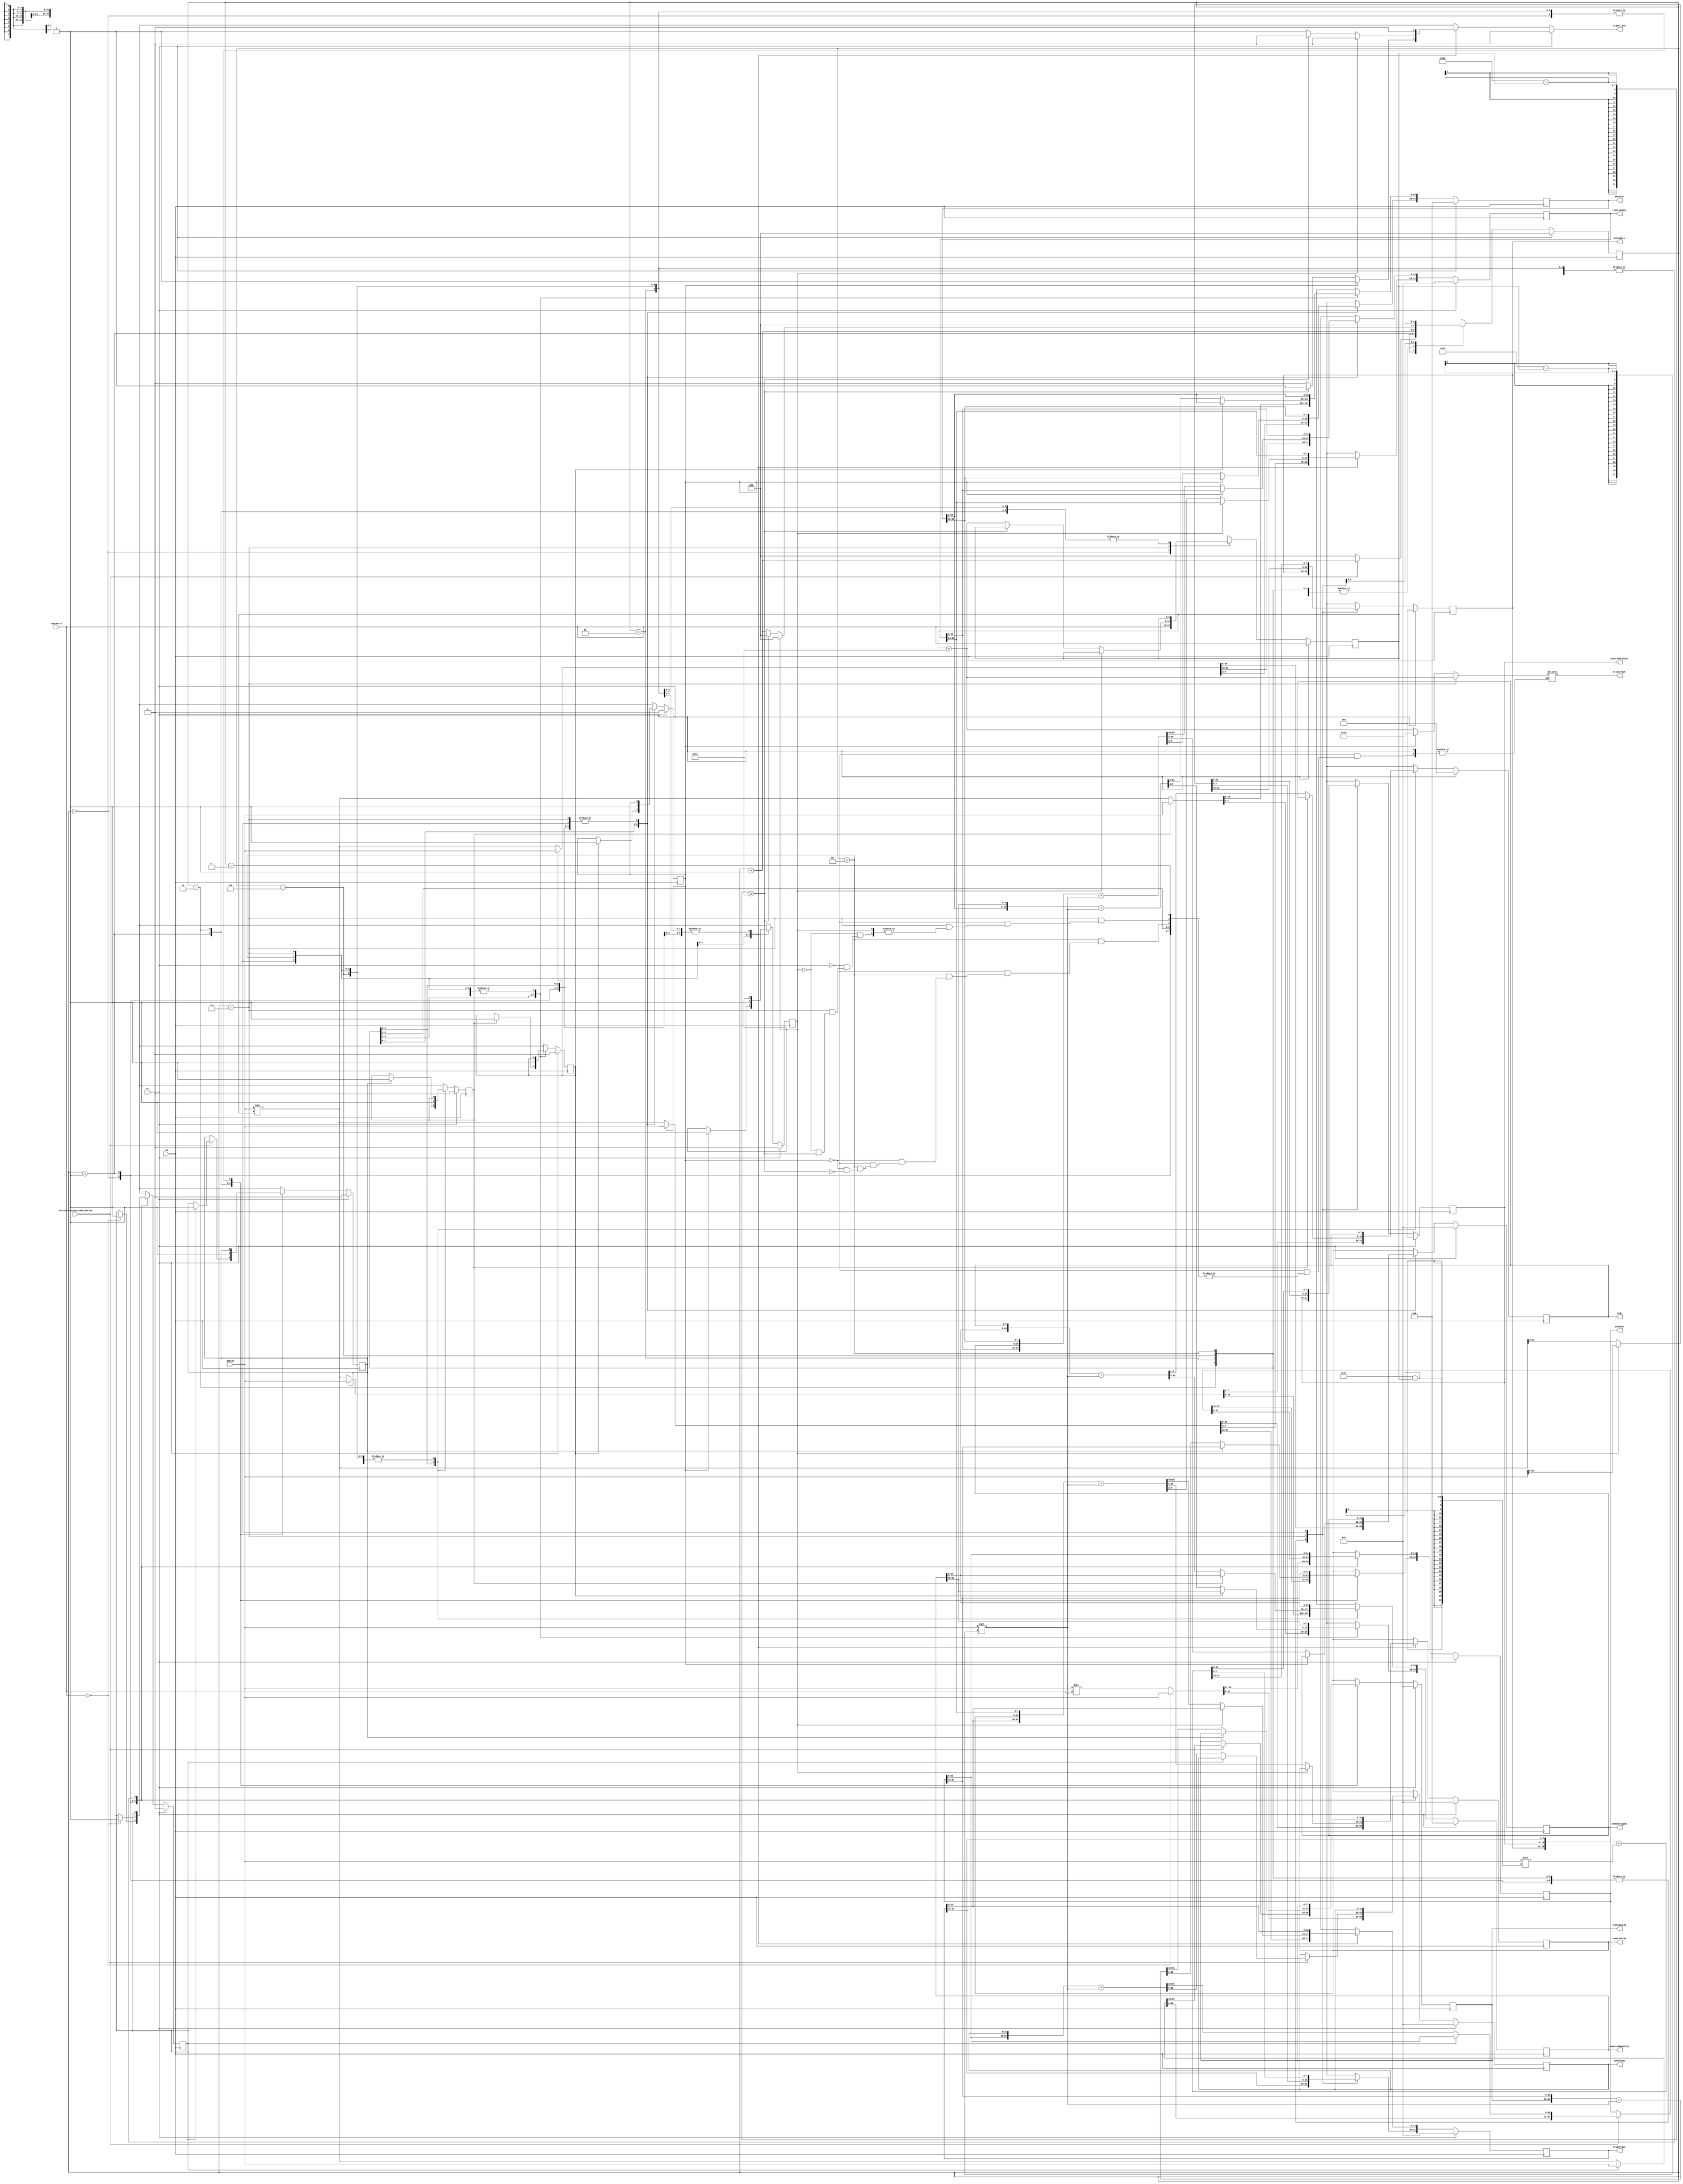
module orderExecutedWithPriceParser ( // always signal to end one clock cycle before actual END. also assign trackerOut one cycle before actual END.
    input clk, rst,
    input [63:0] dataIn,
    input startOrderExecutedWithPrice,
    input [5:0] trackerIn,
    output reg signal_end,
    output reg [5:0] trackerOut,
    output reg [31:0] timeStamp,
    output reg [63:0] orderID,
    output reg [31:0] orderBookID,
    output reg [7:0] side,
    output reg [63:0] executedQuantity,
    output reg [63:0] matchID,
    output reg [31:0] comboGroupID,
    output reg [31:0] reservedOne,
    output reg [31:0] reservedTwo,
    output reg [31:0] tradePrice,
    output reg [7:0] occuredAtCross,
    output reg [7:0] printable
);
// transition registers
reg [2:0] counter, counterNext;
reg [5:0] tracker, trackerNext;
// field registers
reg [31:0] timeStampNext;
reg [63:0] orderIDNext;
reg [31:0] orderBookIDNext;
reg [7:0] sideNext;
reg [63:0] executedQuantityNext;
reg [63:0] matchIDNext;
reg [31:0] comboGroupIDNext;
reg [31:0] reservedOneNext;
reg [31:0] reservedTwoNext;
reg [31:0] tradePriceNext;
reg [7:0] occuredAtCrossNext;
reg [7:0] printableNext;
// valid registers
reg timeStampValid, timeStampValidNext;
reg orderIDValid, orderIDValidNext;
reg orderBookIDValid, orderBookIDValidNext;
reg sideValid, sideValidNext;
reg executedQuantityValid, executedQuantityValidNext;
reg matchIDValid, matchIDValidNext;
reg comboGroupIDValid, comboGroupIDValidNext;
reg reservedOneValid, reservedOneValidNext;
reg reservedTwoValid, reservedTwoValidNext;
reg tradePriceValid, tradePriceValidNext;
reg occuredAtCrossValid, occuredAtCrossValidNext;
reg printableValid, printableValidNext;

always @(posedge clk) begin
    // transition registers
    tracker <= trackerNext;
    counter <= counterNext;
    // field registers
    timeStamp <= timeStampNext;
    orderID <= orderIDNext;
    orderBookID <= orderBookIDNext;
    side <= sideNext;
    executedQuantity <= executedQuantityNext;
    matchID <= matchIDNext;
    comboGroupID <= comboGroupIDNext;
    reservedOne <= reservedOneNext;
    reservedTwo <= reservedTwoNext;
    tradePrice <= tradePriceNext;
    occuredAtCross <= occuredAtCrossNext;
    printable <= printableNext;
    // valid registers
    timeStampValid <= timeStampValidNext;
    orderIDValid <= orderIDValidNext;
    orderBookIDValid <= orderBookIDValidNext;
    sideValid <= sideValidNext;
    executedQuantityValid <= executedQuantityValidNext;
    matchIDValid <= matchIDValidNext;
    comboGroupIDValid <= comboGroupIDValidNext;
    reservedOneValid <= reservedOneValidNext;
    reservedTwoValid <= reservedTwoValidNext;
    tradePriceValid <= tradePriceValidNext;
    occuredAtCrossValid <= occuredAtCrossValidNext;
    printableValid <= printableValidNext;
end

always @* begin
    // transition registers
    trackerNext = tracker;
    counterNext = counter;
    signal_end = 0;
    // field registers
    timeStampNext = timeStamp;
    orderIDNext = orderID;
    orderBookIDNext = orderBookID;
    sideNext = side;
    executedQuantityNext = executedQuantity;
    matchIDNext = matchID;
    comboGroupIDNext = comboGroupID;
    reservedOneNext = reservedOne;
    reservedTwoNext = reservedTwo;
    tradePriceNext = tradePrice;
    occuredAtCrossNext = occuredAtCross;
    printableNext = printable;
    // valid registers
    timeStampValidNext = timeStampValid;
    orderIDValidNext = orderIDValid;
    orderBookIDValidNext = orderBookIDValid;
    sideValidNext = sideValid;
    executedQuantityValidNext = executedQuantityValid;
    matchIDValidNext = matchIDValid;
    comboGroupIDValidNext = comboGroupIDValid;
    reservedOneValidNext = reservedOneValid;
    reservedTwoValidNext = reservedTwoValid;
    tradePriceValidNext = tradePriceValid;
    occuredAtCrossValidNext = occuredAtCrossValid;
    printableValidNext = printableValid;

    if (rst) begin
        // transition registers
        counterNext = 0;
        trackerNext = trackerIn;
        signal_end = 0;
        // field registers
        timeStampNext = 32'h0;
        orderIDNext = 64'h0;
        orderBookIDNext = 32'h0;
        sideNext = 8'h0;
        executedQuantityNext = 64'h0;
        matchIDNext = 64'h0;
        comboGroupIDNext = 32'h0;
        reservedOneNext = 32'h0;
        reservedTwoNext = 32'h0;
        tradePriceNext = 32'h0;
        occuredAtCrossNext = 8'h0;
        printableNext = 8'h0;
        // valid registers
        timeStampValidNext = 0;
        orderIDValidNext = 0;
        orderBookIDValidNext = 0;
        sideValidNext = 0;
        executedQuantityValidNext = 0;
        matchIDValidNext = 0;
        comboGroupIDValidNext = 0;
        reservedOneValidNext = 0;
        reservedTwoValidNext = 0;
        tradePriceValidNext = 0;
        occuredAtCrossValidNext = 0;
        printableValidNext = 0;
    end else begin
        case (counter)
            0:begin
                if (trackerIn == 0) begin
                    {orderIDNext[31:0], timeStampNext} = dataIn;
                    timeStampValidNext = 1;
                    trackerNext = trackerIn;
                end
                else begin
                    {orderIDNext[31:0], timeStampNext} = dataIn >> trackerIn;
                    trackerNext = trackerIn;
                end
                counterNext = counter + 1;
            end
            1: begin
                if(startOrderExecutedWithPrice) begin
                    if (timeStampValid) begin
                        {orderBookIDNext, orderIDNext[63:32]} = dataIn;
                        orderIDValidNext = 1;
                        orderBookIDValidNext = 1;
                    end
                    else begin
                        {orderIDNext[31:0], timeStampNext} = {orderID[31:0], timeStamp} + (dataIn << (64-1-tracker));
                        timeStampValidNext = 1;
                        {orderBookIDNext, orderIDNext[63:32]} = dataIn >> tracker;
                    end
                    counterNext = counter + 1;
                end
                else begin
                    counterNext = 0;
                end
            end
            2: begin
                if(orderBookIDValid) begin
                    {executedQuantityNext[55:0], sideNext} = dataIn;
                    sideValidNext = 1;
                end
                else begin
                    {orderBookIDNext, orderIDNext[63:32]} = {orderBookID, orderID[63:32]} + (dataIn << (64-1-tracker));
                    orderIDValidNext = 1;
                    orderBookIDValidNext = 1;
                    {executedQuantityNext[55:0], sideNext} = dataIn >> tracker;
                end
                counterNext = counter + 1;
            end
            3: begin
                if (sideValid) begin
                    {matchIDNext[55:0], executedQuantityNext[63:56]} = dataIn;
                    executedQuantityValidNext = 1;
                end
                else begin
                    {executedQuantityNext[55:0], sideNext} = {executedQuantity[55:0], side} + (dataIn << (64-1-tracker));
                    sideValidNext = 1;
                    {matchIDNext[55:0], executedQuantityNext[63:56]} = dataIn >> tracker;
                end
                counterNext = counter + 1;
            end
            4: begin
                if(executedQuantityValid) begin
                    {reservedOneNext[23:0], comboGroupIDNext, matchIDNext[63:56]} = dataIn;
                    matchIDValidNext = 1;
                    comboGroupIDValidNext = 1;
                end
                else begin
                    {matchIDNext[55:0], executedQuantityNext[63:56]} = {matchID[55:0], executedQuantity[63:56]} + (dataIn << (64-1-tracker));
                    executedQuantityValidNext = 1;
                    {reservedOneNext[23:0], comboGroupIDNext, matchIDNext[63:56]} = dataIn >> tracker;
                end
                counterNext = counter + 1;
            end
            5: begin
                if (comboGroupIDValid) begin
                    {tradePriceNext[23:0], reservedTwoNext, reservedOneNext[31:24]} = dataIn;
                    reservedOneValidNext = 1;
                    reservedTwoValidNext = 1;
                    //SIGNAL TO END.
                    signal_end = 1;
                    trackerOut = 24;
                end
                else begin
                    {reservedOneNext[23:0], comboGroupIDNext, matchIDNext[63:56]} = {reservedOne[23:0], comboGroupID, matchID[63:56]} + (dataIn << (64-1-tracker));
                    matchIDValidNext = 1;
                    comboGroupIDValidNext = 1;
                    {tradePriceNext[23:0], reservedTwoNext, reservedOneNext[31:24]} = dataIn >> tracker;
                    if (64 - tracker >= 24) begin
                        //SIGNAL TO END.
                        signal_end = 1;
                        trackerOut = tracker + 24;                
                    end
                end
                counterNext = counter + 1;
            end
            6: begin
                if (reservedTwoValid) begin
                    {printableNext, occuredAtCrossNext, tradePriceNext[31:24]} = dataIn;
                    tradePriceValidNext = 1;
                    occuredAtCrossValidNext = 1;
                    printableValidNext = 1;
                    counterNext = 0; //GO TO INITIAL STATE.
                end
                else begin
                    {tradePriceNext[23:0], reservedTwoNext, reservedOneNext[31:24]} = {tradePrice[23:0], reservedTwo, reservedOne[31:24]} + (dataIn << (64-1-tracker));
                    reservedOneValidNext = 1;
                    reservedTwoValidNext = 1;
                    {printableNext, occuredAtCrossNext, tradePriceNext[31:24]} = dataIn >> tracker;
                    if (64 - tracker >= 24) begin
                        tradePriceValidNext = 1;
                        occuredAtCrossValidNext = 1;
                        printableValidNext = 1;
                        counterNext = 0; //GO TO INITIAL STATE.
                    end
                    else begin
                        trackerNext = tracker + 24;
                        counterNext = counter + 1;
                        //SIGNAL TO END.
                        signal_end = 1;
                        trackerOut = tracker + 24;
                    end
                end
            end
            7: begin
                {printableNext, occuredAtCrossNext, tradePriceNext[31:24]} = {printable, occuredAtCross, tradePrice[31:24]} + (dataIn << (24-1-tracker));
                tradePriceValidNext = 1;
                occuredAtCrossValidNext = 1;
                printableValidNext = 1;
                counterNext = 0; //GO TO INITIAL STATE.
            end
        endcase
    end
end

endmodule